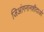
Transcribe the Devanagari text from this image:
जिआंगनानशीदाओ